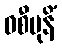
ဝစီမုနိံ